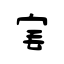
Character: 宒